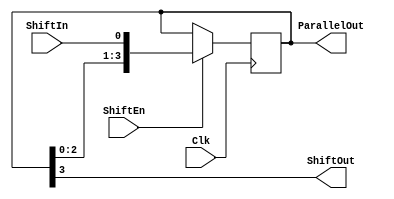
module Serial_in_parallel_out_enable_behavior(
    input Clk,
    input ShiftIn,
    input ShiftEn,
    output ShiftOut,
    output [3:0] ParallelOut
    );

    reg [3:0] shift_reg; 
    always @(posedge Clk)
       if (ShiftEn)
          shift_reg <= {shift_reg[2:0], ShiftIn};
    assign ShiftOut = shift_reg[3];
    assign ParallelOut= shift_reg;
    
endmodule